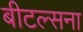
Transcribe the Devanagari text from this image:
बीटल्सना